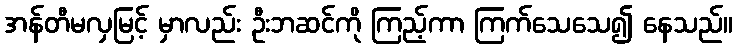
အန်တီမလှမြင့် မှာလည်း ဦးဘဆင်ကို ကြည့်ကာ ကြက်သေသေ၍ နေသည်။